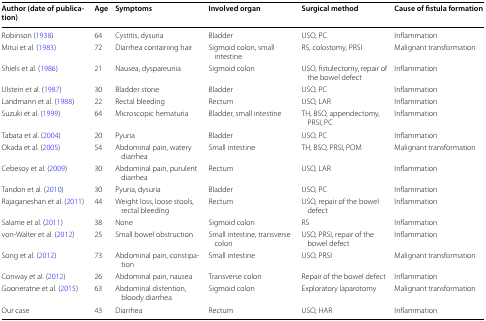
<table><thead><tr><td><b>Author (date of publication)</b></td><td><b>Age</b></td><td><b>Symptoms</b></td><td><b>Involved organ</b></td><td><b>Surgical method</b></td><td><b>Cause of fistula formation</b></td></tr></thead><tbody><tr><td>Robinson (1938)</td><td>64</td><td>Cystitis, dysuria</td><td>Bladder</td><td>USO, PC</td><td>Inflammation</td></tr><tr><td>Mitui et al. (1983)</td><td>72</td><td>Diarrhea containing hair</td><td>Sigmoid colon, small intestine</td><td>RS, colostomy, PRSI</td><td>Malignant transformation</td></tr><tr><td>Shiels et al. (1986)</td><td>21</td><td>Nausea, dyspareunia</td><td>Sigmoid colon</td><td>USO, fistulectomy, repair of the bowel defect</td><td>Inflammation</td></tr><tr><td>Ulstein et al. (1987)</td><td>30</td><td>Bladder stone</td><td>Bladder</td><td>USO, PC</td><td>Inflammation</td></tr><tr><td>Landmann et al. (1988)</td><td>22</td><td>Rectal bleeding</td><td>Rectum</td><td>USO, LAR</td><td>Inflammation</td></tr><tr><td>Suzuki et al. (1999)</td><td>64</td><td>Microscopic hematuria</td><td>Bladder, small intestine</td><td>TH, BSO, appendectomy, PRSI, PC</td><td>Inflammation</td></tr><tr><td>Tabata et al. (2004)</td><td>20</td><td>Pyuria</td><td>Bladder</td><td>USO, PC</td><td>Inflammation</td></tr><tr><td>Okada et al. (2005)</td><td>54</td><td>Abdominal pain, watery diarrhea</td><td>Small intestine</td><td>TH, BSO, PRSI, POM</td><td>Malignant transformation</td></tr><tr><td>Cebesoy et al. (2009)</td><td>30</td><td>Abdominal pain, purulent diarrhea</td><td>Rectum</td><td>USO, LAR</td><td>Inflammation</td></tr><tr><td>Tandon et al. (2010)</td><td>30</td><td>Pyuria, dysuria</td><td>Bladder</td><td>USO, PC</td><td>Inflammation</td></tr><tr><td>Rajaganeshan et al. (2011)</td><td>44</td><td>Weight loss, loose stools, rectal bleeding</td><td>Rectum</td><td>USO, repair of the bowel defect</td><td>Inflammation</td></tr><tr><td>Salame et al. (2011)</td><td>38</td><td>None</td><td>Sigmoid colon</td><td>RS</td><td>Inflammation</td></tr><tr><td>von-Walter et al. (2012)</td><td>25</td><td>Small bowel obstruction</td><td>Small intestine, transverse colon</td><td>USO, PRSI, repair of the bowel defect</td><td>Inflammation</td></tr><tr><td>Song et al. (2012)</td><td>73</td><td>Abdominal pain, constipation</td><td>Small intestine</td><td>USO, PRSI</td><td>Malignant transformation</td></tr><tr><td>Conway et al. (2012)</td><td>26</td><td>Abdominal pain, nausea</td><td>Transverse colon</td><td>Repair of the bowel defect</td><td>Inflammation</td></tr><tr><td>Gooneratne et al. (2015)</td><td>63</td><td>Abdominal distention, bloody diarrhea</td><td>Sigmoid colon</td><td>Exploratory laparotomy</td><td>Malignant transformation</td></tr><tr><td>Our case</td><td>43</td><td>Diarrhea</td><td>Rectum</td><td>USO, HAR</td><td>Inflammation</td></tr></tbody></table>